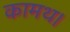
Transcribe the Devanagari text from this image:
कामथ।